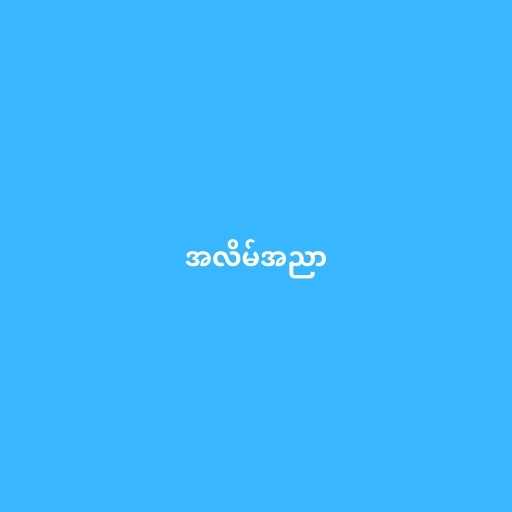
အလိမ်အညာ